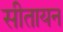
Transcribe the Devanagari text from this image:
सीतायन